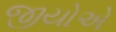
જીયોએ